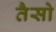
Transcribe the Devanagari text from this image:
तैसो